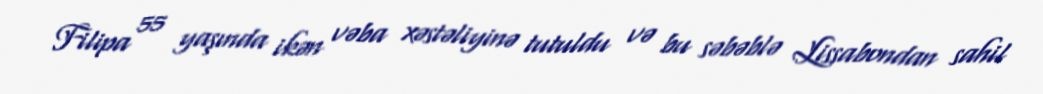
Filipa 55 yaşında ikən vəba xəstəliyinə tutuldu və bu səbəblə Lissabondan sahil